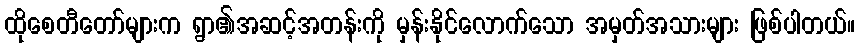
ထိုစေတီတော်များက ရွာ၏အဆင့်အတန်းကို မှန်းနိုင်လောက်သော အမှတ်အသားများ ဖြစ်ပါတယ်။